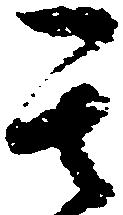
其